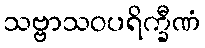
သဗ္ဗာသဝပရိက္ခီဏံ